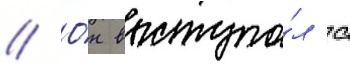
// О́н выступа́л с